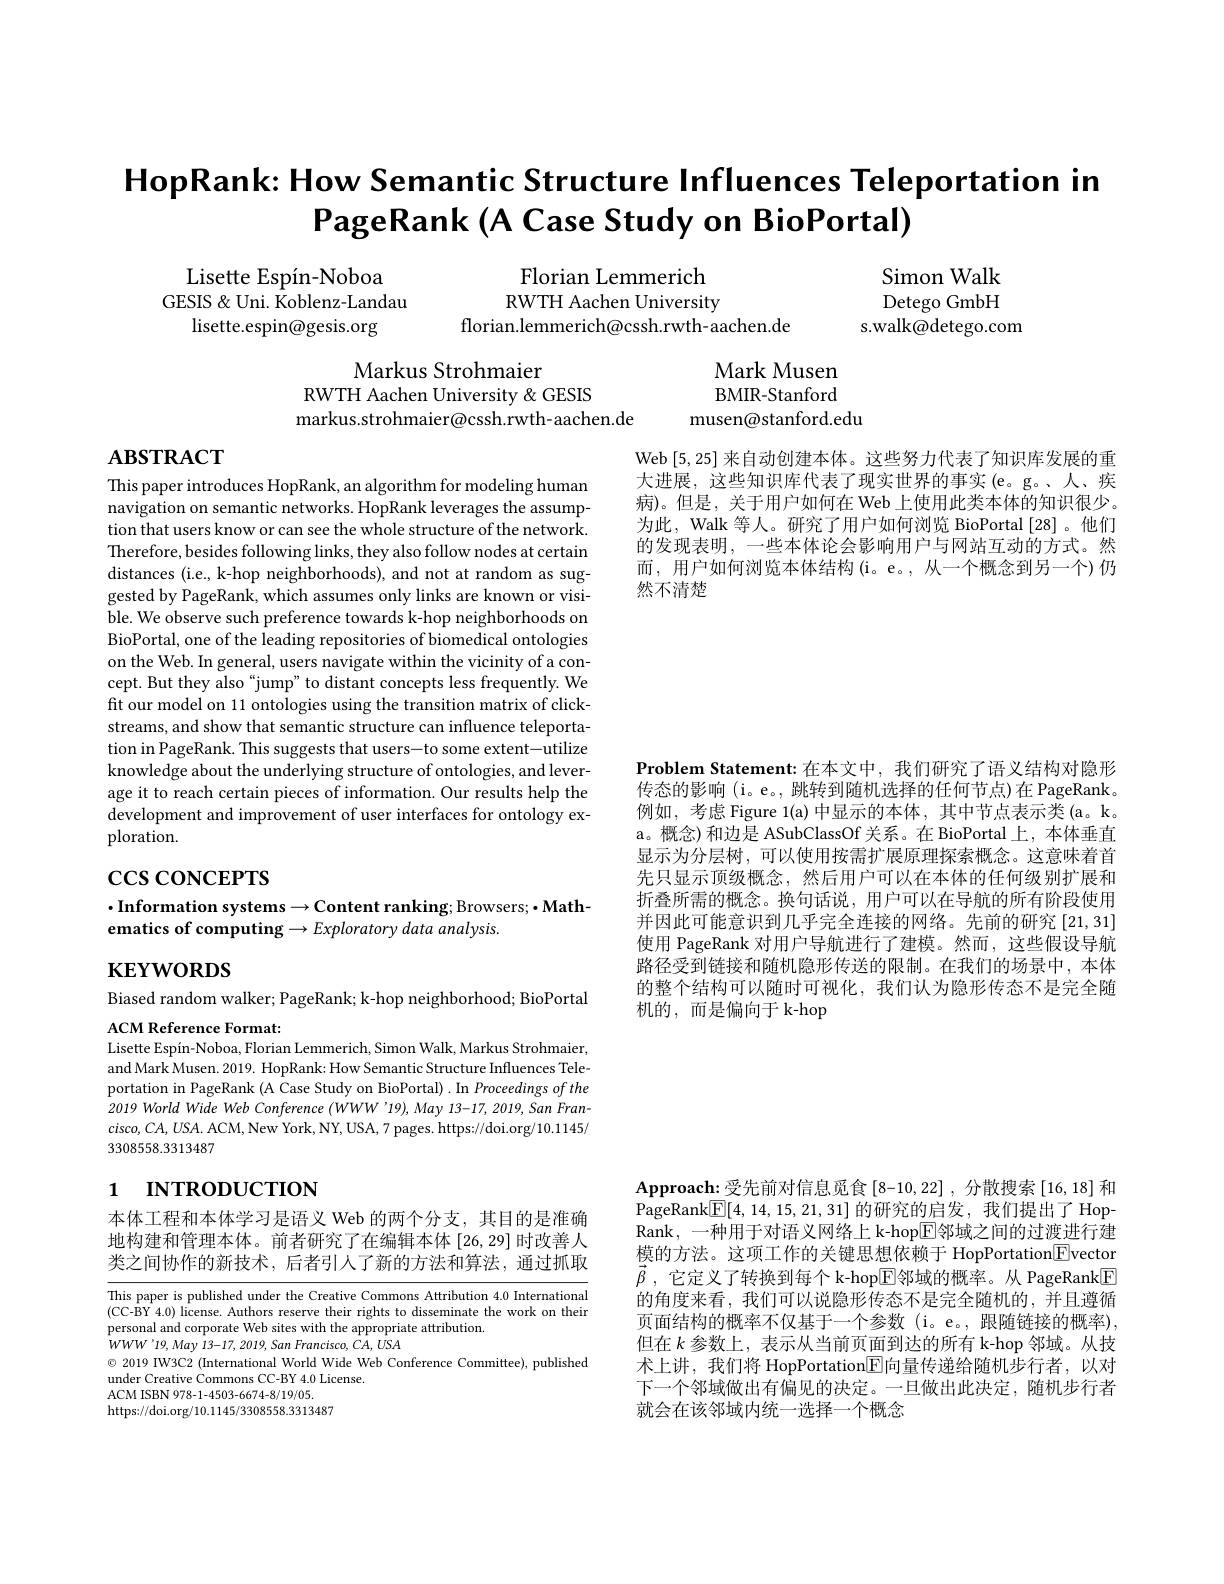
# HopRank: How Semantic Structure Influences Teleportation in $\textbf{PageRank}($A Case Study on BioPortal)

Simon Walk Detego GmbH
s.walk@detego.com

Florian Lemmerich RWTH Aachen University
florian.lemmerich@cssh.rwth-aachen.de

Lisette Espín-Noboa
GESIS & Uni. Koblenz-Landau
lisette.espin@gesis.org

Mark Musen BMIR- Stanford
musen@stanford.edu

Markus Strohmaier
RWTH Aachen University & GESIS
markus.strohmaier@cssh.rwth-aachen.de

# $\mathbf{ABSTRACT}$

Web [5,25]来自动创建本体。这些努力代表了知识库发展的重大进展，这些知识库代表了现实世界的事实(e。g。、人、疾病)。但是，关于用户如何在 Web 上使用此类本体的知识很少。为此，Walk 等人。研究了用户如何浏览 BioPortal[28]。他们的发现表明，一些本体论会影响用户与网站互动的方式。然而，用户如何浏览本体结构(i。e。, 从一个概念到另一个)仍然不清楚

This paper introduces HopRank, an algorithm for modeling human navigation on semantic networks. HopRank leverages the assumption that users know or can see the whole structure of the network. Therefore, besides following links, they also follow nodes at certain distances (i.e., k-hop neighborhoods), and not at random as suggested by PageRank, which assumes only links are known or visible. We observe such preference towards k-hop neighborhoods on BioPortal, one of the leading repositories of biomedical ontologies on the Web. In general, users navigate within the vicinity of a concept. But they also "jump" to distant concepts less frequently. We fit our model on 11 ontologies using the transition matrix of clickstreams, and show that semantic structure can influence teleportation in PageRank. This suggests that users-to some extent-utilize knowledge about the underlying structure of ontologies, and leverage it to reach certain pieces of information. Our results help the development and improvement of user interfaces for ontology exploration.

# $\csc\cos$coNCEPTS

Problem Statement:在本文中，我们研究了语义结构对隐形传态的影响(i。e。, 跳转到随机选择的任何节点)在 PageRank。例如，考虑 Figure 1(a)中显示的本体，其中节点表示类(a。k。a。概念)和边是 ASubClassOf 关系。在 BioPortal 上，本体垂直显示为分层树，可以使用按需扩展原理探索概念。这意味着首先只显示顶级概念，然后用户可以在本体的任何级别扩展和折叠所需的概念。换句话说，用户可以在导航的所有阶段使用并因此可能意识到几乎完全连接的网络。先前的研究[21,31] 使用 PageRank 对用户导航进行了建模。然而，这些假设导航路径受到链接和随机隐形传送的限制。在我们的场景中，本体的整个结构可以随时可视化，我们认为隐形传态不是完全随机的，而是偏向于 k-hop

## $\cdot$Information systems$\to$Content ranking; Browsers;$\bullet$Mathematics of computing $\to Exploratory$ data analysis

$\mathbf{KEYWORDS}$

Biased random walker; PageRank; k-hop neighborhood; BioPortal

ACM Reference Format:
Lisette Espín-Noboa, Florian Lemmerich, Simon Walk, Markus Strohmaier,

and Mark Musen. 2019. HopRank: How Semantic Structure Influences Teleportation in PageRank (A Case Study on BioPortal) .In Proceedings of the 2019 World Wide Web Conference (WWW'19),May 13-17, 2019, San Fran- $cisco,CA,USA.$ ACM, New York, NY, USA, 7 pages. https://doi.org/10.1145/ 3308558.3313487

# 1 INTRODUCTION

本体工程和本体学习是语义 Web 的两个分支，其目的是准确地构建和管理本体。前者研究了在编辑本体[26,29]时改善人类之间协作的新技术，后者引人了新的方法和算法，通过抓取

$\mathbf{Approach:}$受先前对信息觅食$\left[8-10,22\right]$,分散搜索$\left[16,18\right]$和PageRank$\boxed{\mathbb{F}}[4,14,15,21,31]$的研究的启发，我们提出了 HopRank, 一种用于对语义网络上 k-hop$\overline{\mathrm{E}}$邻域之间的过渡进行建模的方法。这项工作的关键思想依赖于 HopPortation$\boxed{\mathrm{F}}$vector $\vec{\beta }$ , 它定义了转换到每个 k-hop$\boxed{\mathrm{F}}$邻域的概率。从 PageRank$\boxed{\mathrm{F}}$ 的角度来看，我们可以说隐形传态不是完全随机的，并且遵循页面结构的概率不仅基于一个参数 (i。e。,跟随链接的概率), 但在$k$ 参数上，表示从当前页面到达的所有 k-hop 邻域。从技术上讲，我们将 HopPortation$\boxed{\mathrm{E}}$向量传递给随机步行者，以对下一个邻域做出有偏见的决定。一旦做出此决定，随机步行者就会在该邻域内统一选择一个概念

This paper is published under the Creative Commons Attribution 4.0 International (CC-BY 4.0) license. Authors reserve their rights to disseminate the work on their personal and corporate Web sites with the appropriate attribution.
$WWW^{\prime}19,May13-17,2019,San$ Francisco, CA, USA

$\textcircled{\circ}$ 2019 IW3C2 (International World Wide Web Conference Committee), published
under Creative Commons CC-BY 4.0 License.
ACM ISBN 978- 1- 4503- 6674- 8/ 19/ 05. https://doi.org/10.1145/3308558.3313487